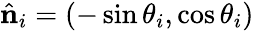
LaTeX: \hat{\mathbf{n}}_{i}=\left(-\sin\theta_{i},\cos\theta_{i}\right)